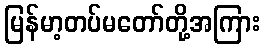
မြန်မာ့တပ်မတော်တို့အကြား